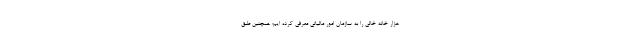
هزار خانه خالی را به سازمان امور مالیاتی معرفی کرده ایم؛ همچنین طبق